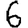
Digit: 6